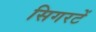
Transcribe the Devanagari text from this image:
सिगरटें